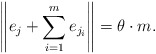
\begin{align*} \Bigg\|e_j + \sum_{i=1}^{m} e_{j_i}\Bigg\| = \theta \cdot m.\end{align*}